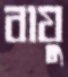
বায়ু